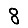
Digit: 8